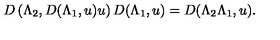
D \left( \Lambda _ { 2 } , D ( \Lambda _ { 1 } , u ) u \right) D ( \Lambda _ { 1 } , u ) = D ( \Lambda _ { 2 } \Lambda _ { 1 } , u ) .